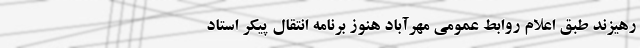
رهیزند طبق اعلام روابط عمومی مهرآباد هنوز برنامه انتقال پیکر استاد